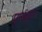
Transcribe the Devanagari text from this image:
पूर्णभूत